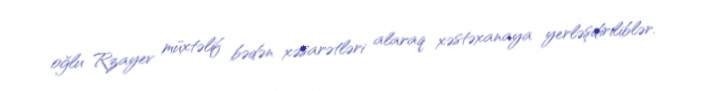
oğlu Rzayev müxtəlif bədən xəsarətləri alaraq xəstəxanaya yerləşdiriliblər.